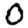
Digit: 0